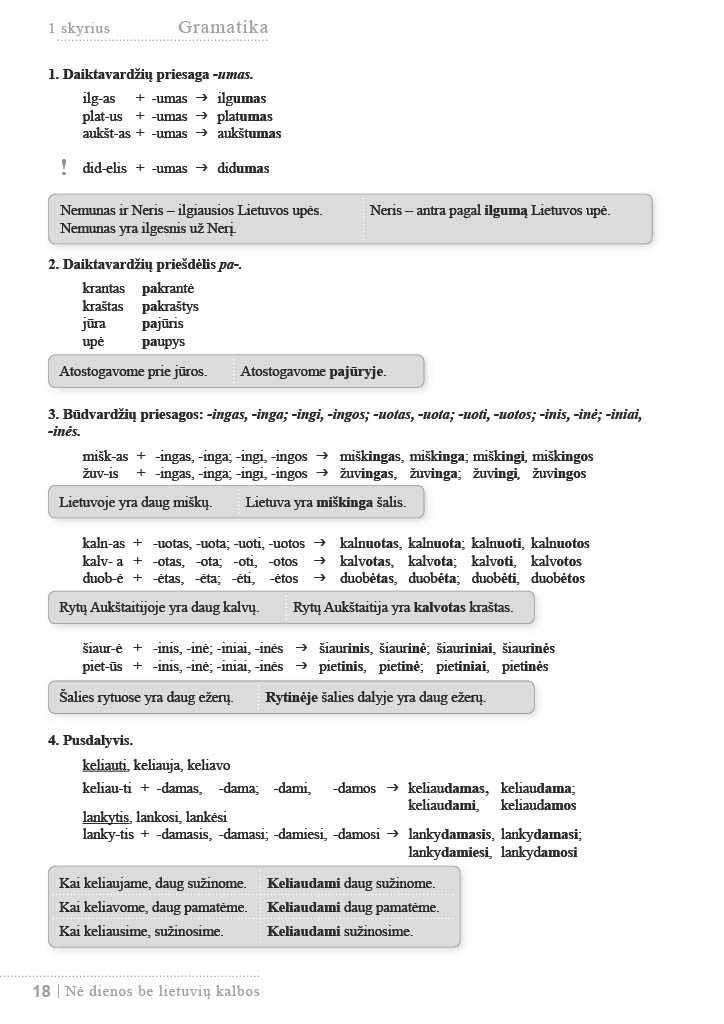
Language: lt